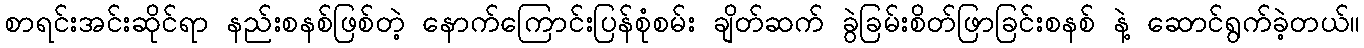
စာရင်းအင်းဆိုင်ရာ နည်းစနစ်ဖြစ်တဲ့ နောက်ကြောင်းပြန်စုံစမ်း ချိတ်ဆက် ခွဲခြမ်းစိတ်ဖြာခြင်းစနစ် နဲ့ ဆောင်ရွက်ခဲ့တယ်။